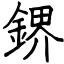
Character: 鎅